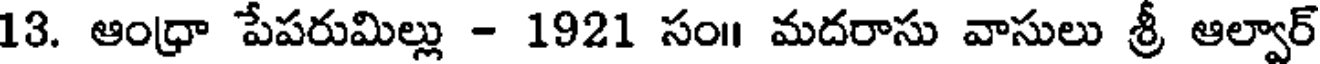
13. ఆంధ్రా పేపరుమిల్లు - 1921 సం॥ మదరాసు వాసులు శ్రీ ఆల్వార్